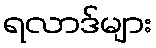
ရလာဒ်များ